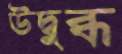
উদ্বুব্ধ